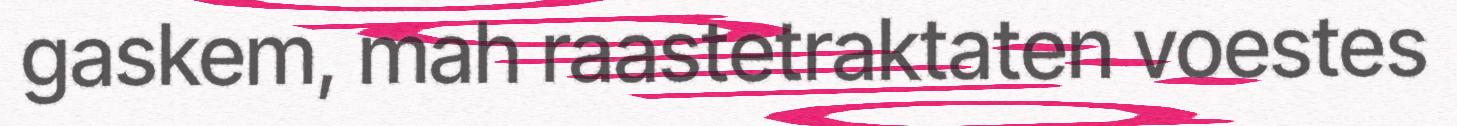
gaskem, mah raastetraktaten voestes